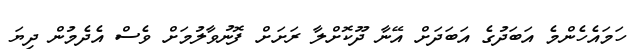
ހަމައެހެންމެ އަބަދުގެ އަބަދަށް އޭނާ ދޫކޮށްލާ ރަށަށް ފޮނުވާލުމަށް ވެސް އެދެމުން ދިޔަ